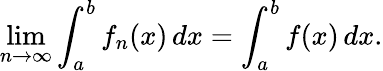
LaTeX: \operatorname*{lim}_{n\to\infty}\int_{a}^{b}f_{n}(x)\, dx=\int_{a}^{b}f(x)\, dx.